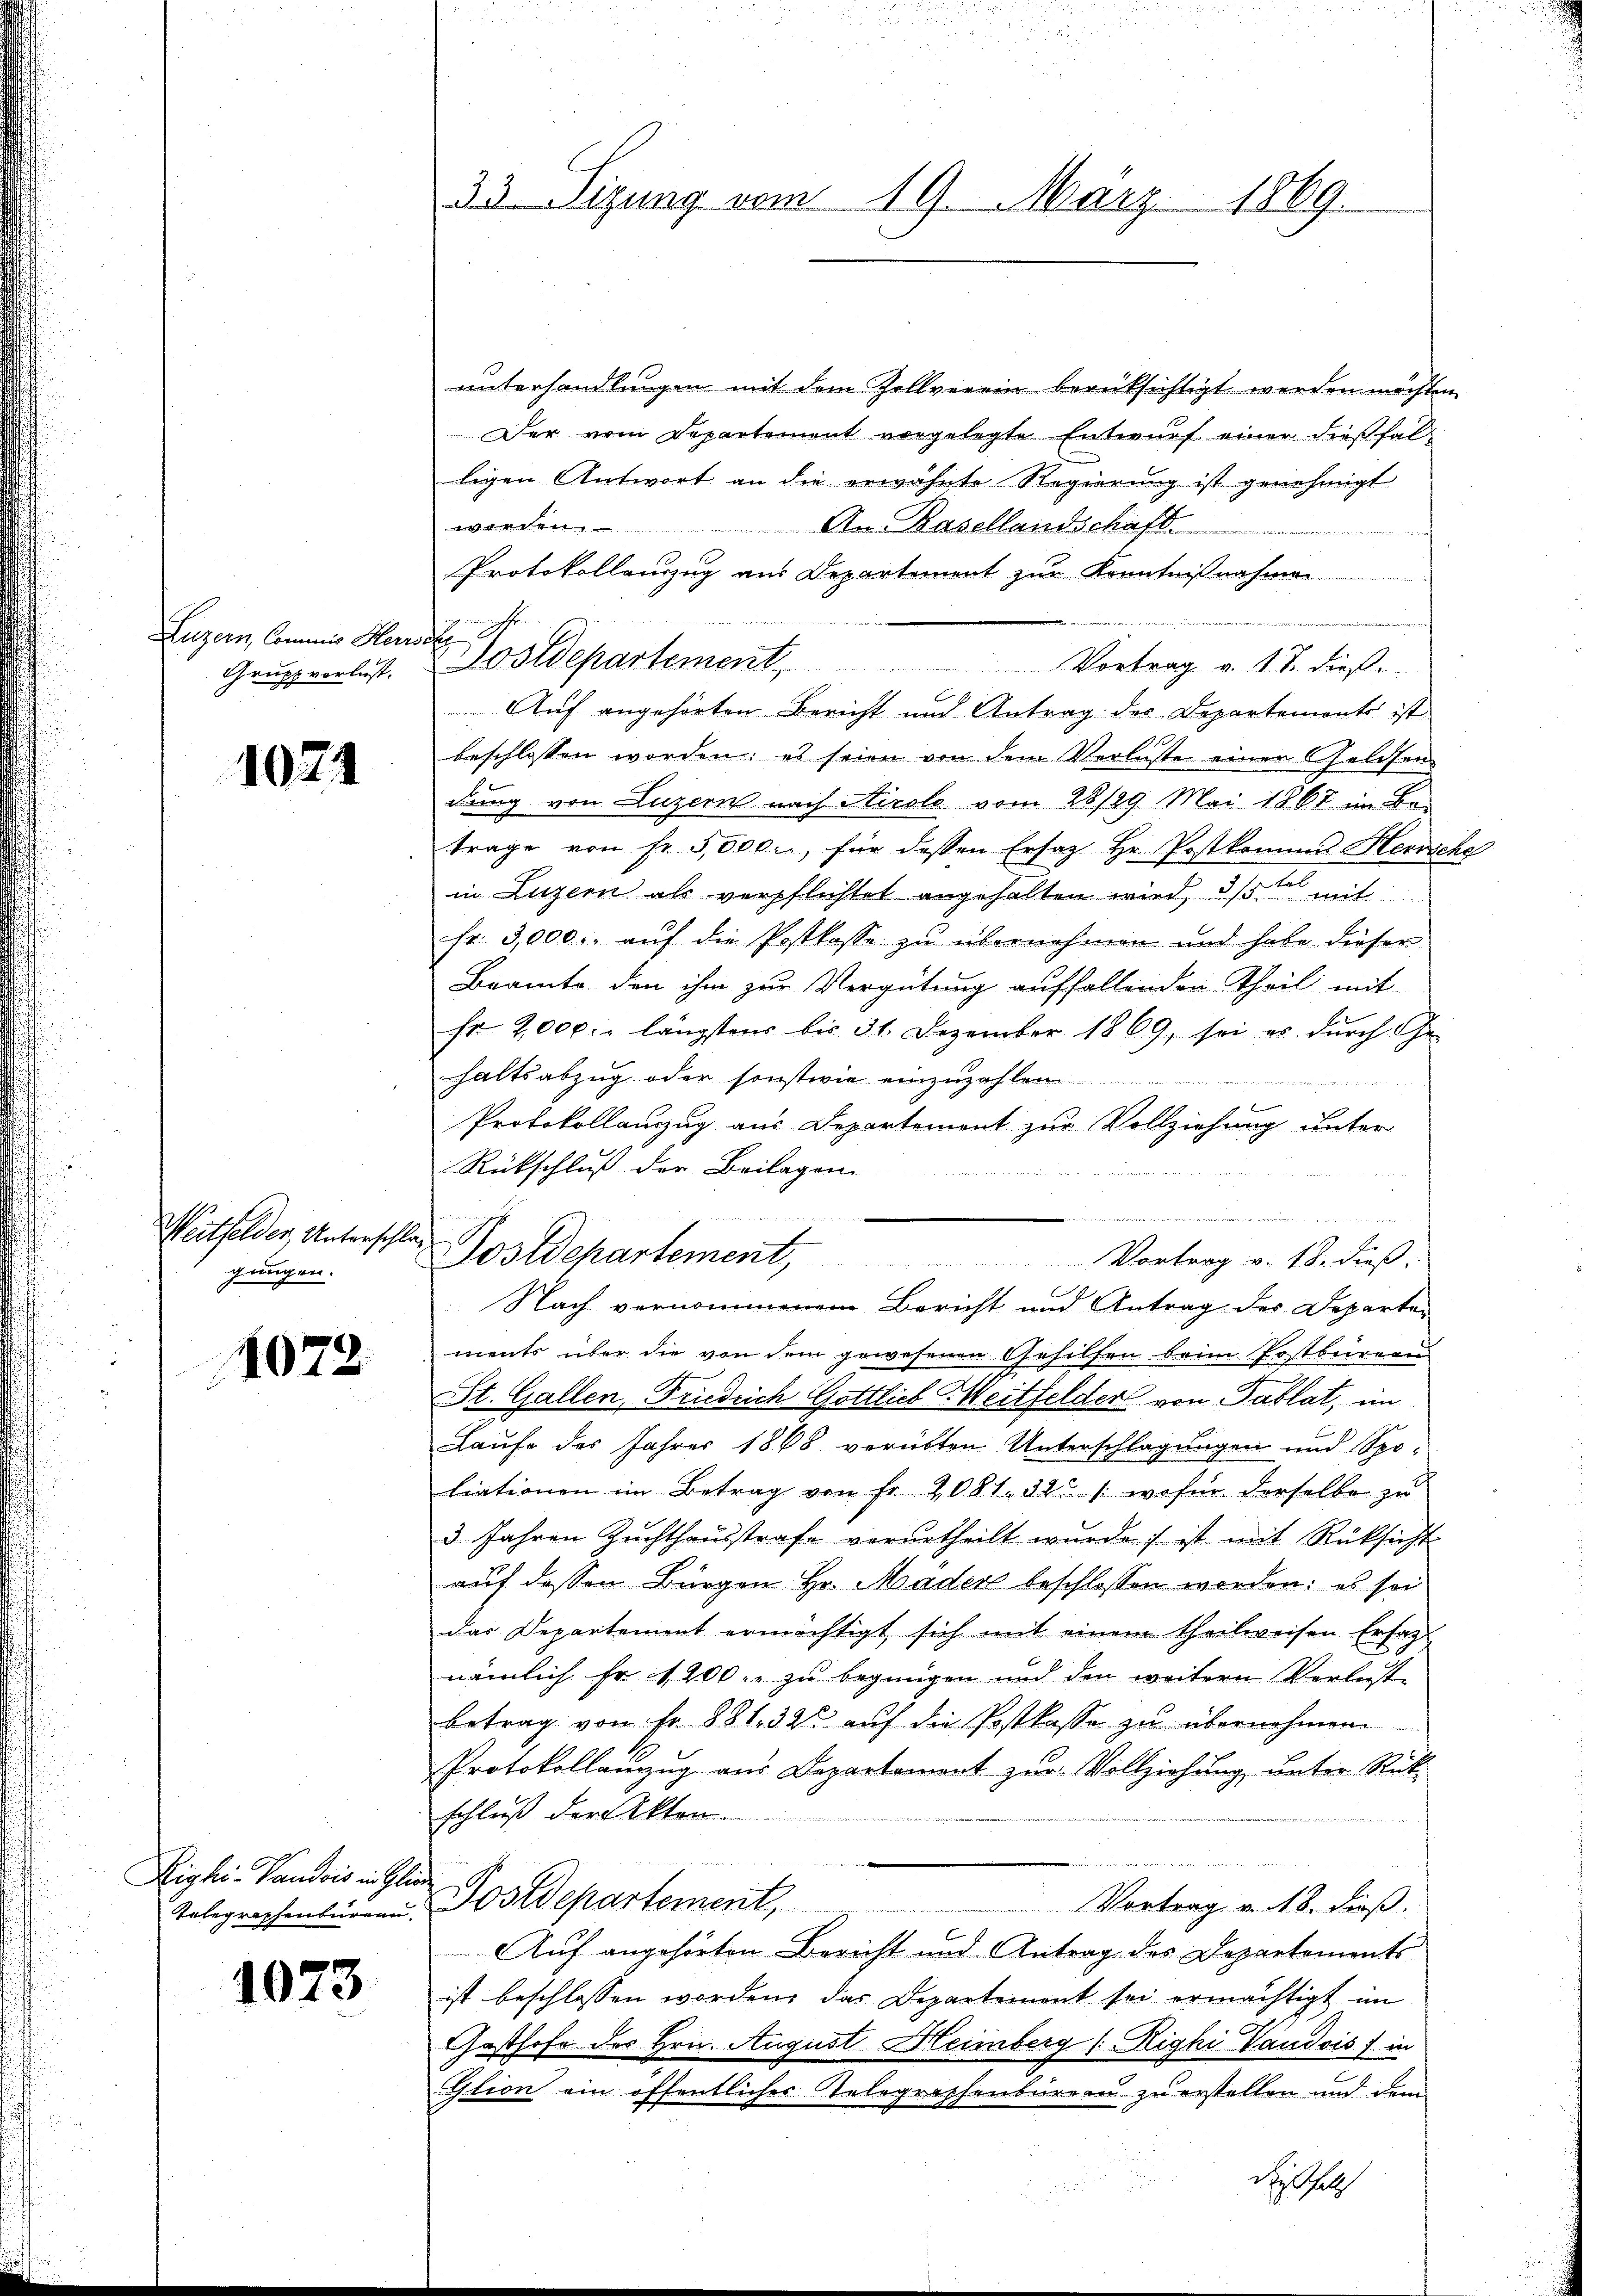
Luzern, Commis Herrs
Grupp vorlust.

1021

gungen.

1072

Dighi-Vaudois in Gliede

1023

33. Sizung vom 19. März 1869.

emischen
saft

unterhandlungen mit dem Zollverein berücksichtigt werden möchten.
Der vom Departement vorgelegte Entwurf einer dießfall
ligen Antwort an die erwähnte Regierung ist genehmigt
worden. An Basellandschaft
n
Protokollanzug aus Departement zur Kenntnißnahmen
Vostdepartement, Vortrag a. 17. dieß.
Auf angehörten Bericht und Antrag der Departements ist
beschlossen worden: es seien von dem Verluste einer Geldsen
dung von Luzern nach Stirolo vom 28/29. Mai 1867 im Be-
trage von fr. 5000., für dessen Ersatz Hr. Postkommis Herrsche
in Luzern als verpflichtet angehalten wird, 3te mit
fr. 3,000. aŭf die Postkasse zu übernehmen und habe dieser
Beamte den ihm zur Vergütung auffallenden Theil mit
fr 2000. längstens bis 31. Dezember 1869, sei es dŭrch Ge-
haltsabzug oder sonstwie einzuzahlen.

Protokollanzug aus Departement zur Vollziehung unter
Rückschluß der Beilagen
m
Weithelder, Unterschlag Postdepartement, Vortrag v. 18. dieß.
Nach vernommenem Bericht und Antrag des Departen
ments über die von dem gewesenen Gehilfen beim Postbureau
St. Gallen, Friedrich Gottlieb Meitfelder von Tablat, im
Laufe des Jahres 1888 verübten Unterschlagungen und Spoliationen im Betrag von Fr. 2081. 323 / wofür derselbe zu
3 Jahren Zuchthaŭsstrafe verurtheilt wurde :/ ist mit Rüksicht
auf dessen Bürgen Hr. Mader beschlossen worden: es sei
das Departement ermächtigt sich mit einem theilweisen Erfag
nämlich fr. 1200 r. zu begnügen und den weitern Verluste
betrag von fr. 881, 32 auf die Postkasse zu übernehmen.
Protokollanzug aus Departement zur Vollziehung, unter Rück-
schluß der Akten.
Vortrag v. 18. dieß.
Telegraphenbürgen Postdepartement
Auf angehörten Bericht und Antrag des Departements
ist beschlossen worden, das Departement sei ermächtigt im
Gasthofe des Hrn. August Heimberg (Righi Vaudois) in
Glion ein öffentliches Telegraphenbureau zu erstellen und dem
deshal